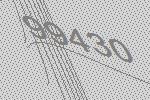
99430